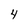
Character: 4